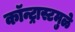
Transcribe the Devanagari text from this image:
कॉन्ट्रास्टमुळे